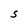
Character: S